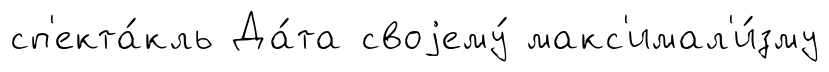
сп'екта́кль Да́та своjему́ макс'имал'и́зму